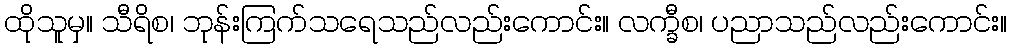
ထိုသူမှ။ သီရိစ၊ ဘုန်းကြက်သရေသည်လည်းကောင်း။ လက္ခီစ၊ ပညာသည်လည်းကောင်း။